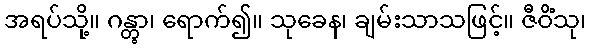
အရပ်သို့။ ဂန္တွာ၊ ရောက်၍။ သုခေန၊ ချမ်းသာသဖြင့်။ ဇီဝိံသု၊